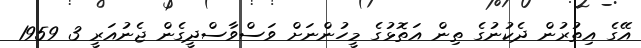
އޭގެ އިތުރުން ދެކުނުގެ ތިން އަތޮޅުގެ މީހުންނަށް ވަސްވާސްދީގެން ޖެނުއަރީ 3 1959